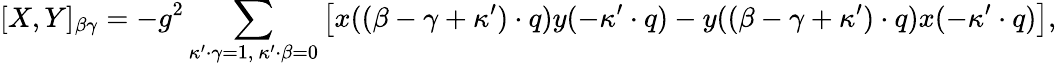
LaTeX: [X,Y]_{\beta\gamma}=-g^{2}\sum_{\kappa^{\prime}\cdot\gamma=1,\ \kappa^{\prime}\cdot\beta=0}\left[x((\beta-\gamma+\kappa^{\prime})\cdot q)y(-\kappa^{\prime}\cdot q)-y((\beta-\gamma+\kappa^{\prime})\cdot q)x(-\kappa^{\prime}\cdot q)\right],